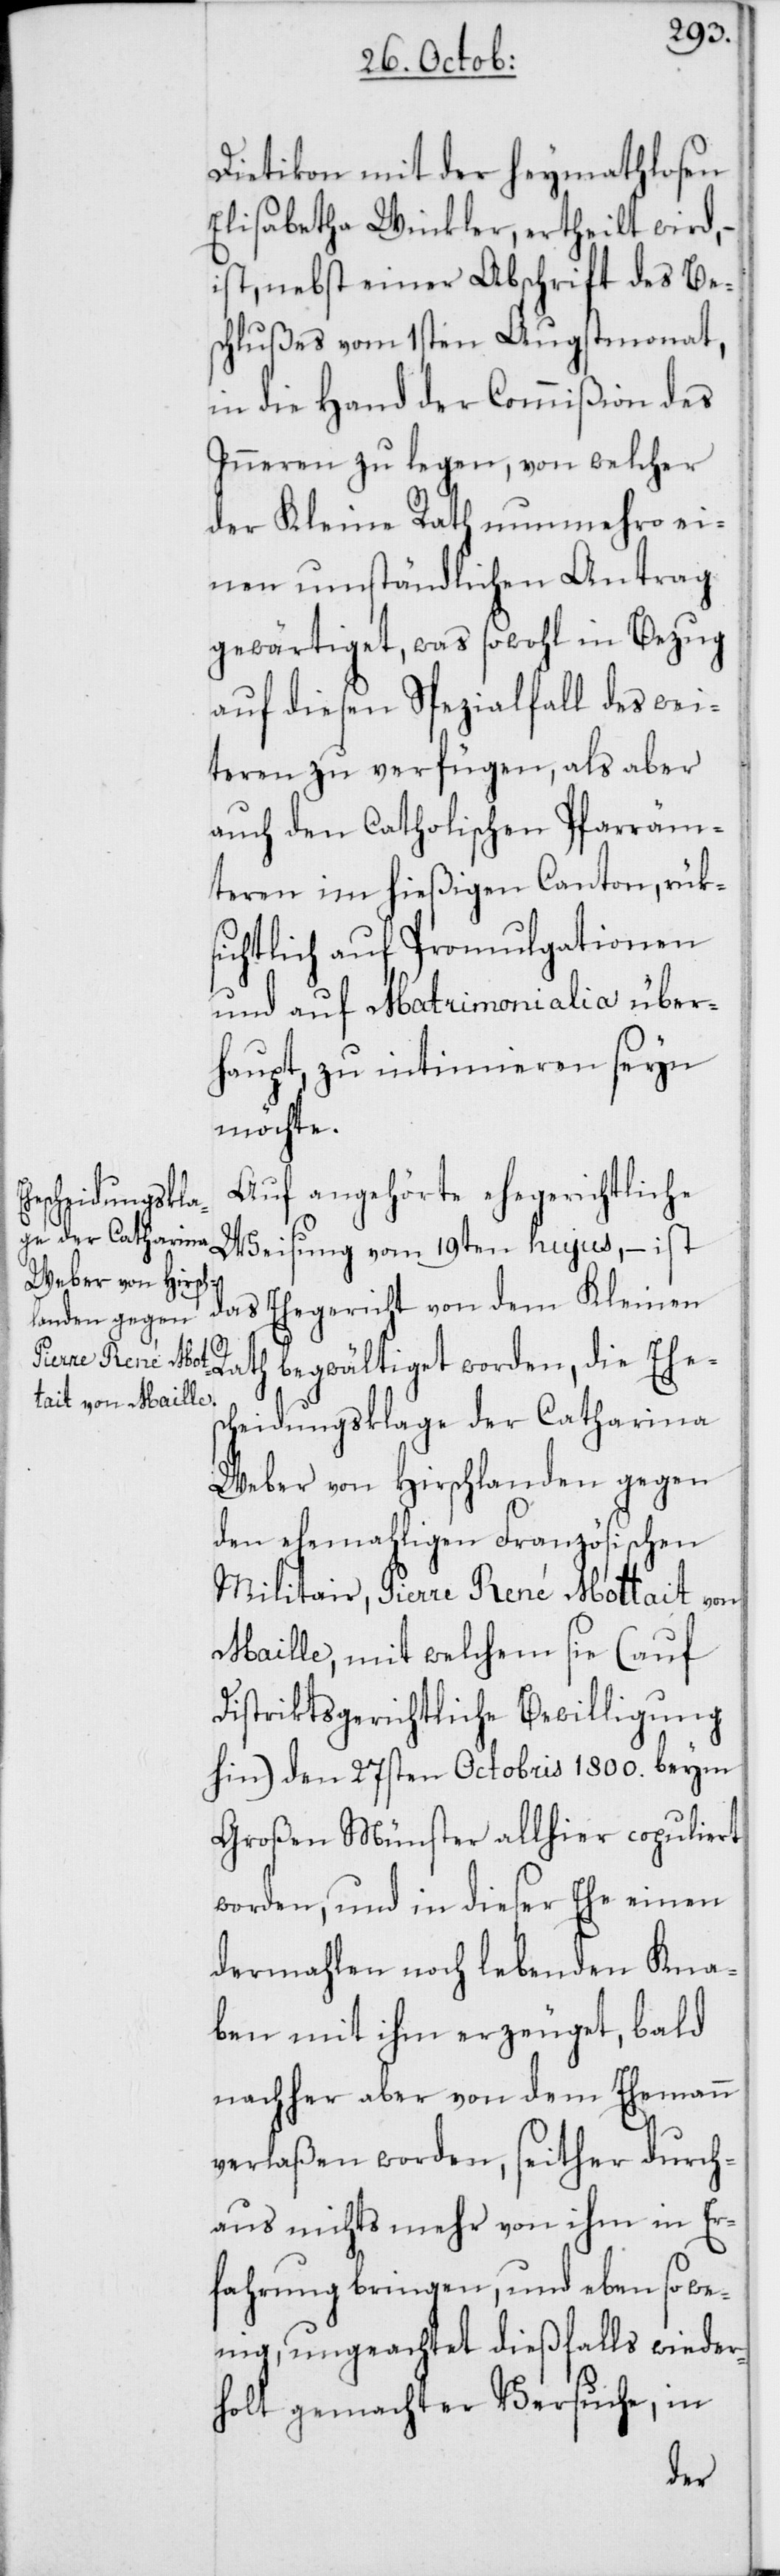
Dietikon mit der heymathlosen
Elisabetha Winkler, ertheilt wird,
ist nebst einer Abschrift des Be¬
schlußes vom 1sten Augstmonat,
in die Hand der Commißion des
Inneren zu legen, von welcher
der Kleine Rath nunmehro ei¬
nen umständlichen Antrag
gewärtiget, was sowohl in Bezug
auf diesen Spezialfall des wei¬
teren zu verfügen, als aber
auch den catholischen Pfarräm¬
teren im hießigen Canton, rük¬
sichtlich auf Promulgationen
und auf Matrimonialia über¬
haupt, zu intimieren seyn
möchte.
Auf angehörte ehegerichtliche
Weisung vom 19ten hujus, – ist
das Ehegericht von dem Kleinen
Rath begwältiget worden, die Ehes¬
cheidungsklage der Catharina
Weber von Hirschlanden gegen
den ehemahligen Französischen
Militair, Pierre René Mottait von
Maille, mit welchem sie (auf
Distriktsgerichtliche Bewilligung
hin) den 27sten Octobris 1800. beym
Großen Münster allhier copuliert
worden, und in dieser Ehe einen
dermahlen noch lebenden Kna¬
ben mit ihm erzeuget, bald
nachher aber von dem Ehemann
verlaßen worden, seither durch¬
aus nichts mehr von ihm in Er¬
fahrung bringen, und eben so we¬
nig, ungeachtet dießfalls wieder¬
holt gemachter Versuche, in